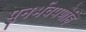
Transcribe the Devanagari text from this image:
पुनर्भवपणेहि